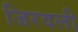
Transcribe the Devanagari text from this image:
जिरवली